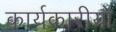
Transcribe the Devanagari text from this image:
कार्यकारीयों